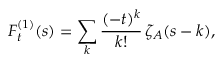
F _ { t } ^ { ( 1 ) } ( s ) = \sum _ { k } \frac { ( - t ) ^ { k } } { k ! } \, \zeta _ { A } ( s - k ) ,